Medical and sanitary report of the native army of Bengal for the year
Year: 1876
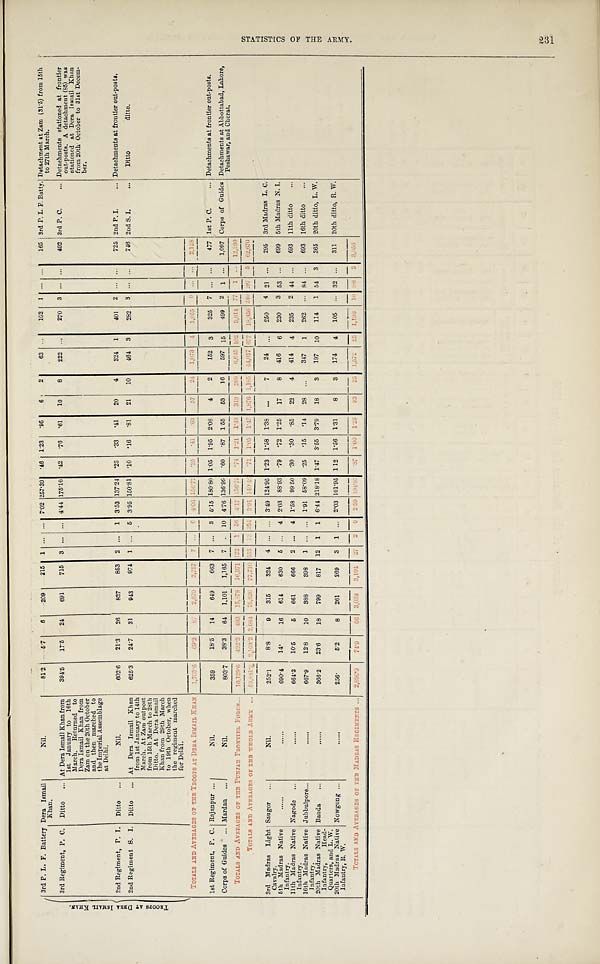
T R O O P S A T D E R A I S M A I L K H A N .
3rd P. L. F. Battery Dera Ismail
Khan.
Nil.
81.2
5. 7
6 209 215 1 ... ... 7.02 257.39 .46 1.23 .95 6 2
63 ... 102 1 ... . . . 165 3rd P. L. F. Batty. Detachment at Zam (31.5) from 15th
to 27th March.
3rd Regiment, P. C. Ditto ... At Dera Ismail Khan from
1st January to 16th
March. Returned to
Dera Ismail Khan from
Zam on the 20th October
and then marched to
the Imperial Assemblage
at Delhi.
394.5 17.5 24 691 715 3 ... ... 4.44 175.16 .42 .76 .61 10 8 222
. . .
270 3 ...
. . .
492 3rd P. C.
... Detachments stationed at frontier
out-posts. A detachment (85) was
stationed at Dera Ismail Khan
from 20th October to 31st Decem-
ber.
2nd Regiment, P. I. Ditto ...
Nil.
602.6 21.3 26 827 853 2 ... 1 3.53 137.24 .23 .33 .41 20 4 324 1 401 2 . . . . . . 725 2nd P. I.
... Detachments at frontier out-posts.
2nd Regiment S. I. Ditto... At Dera Ismail Khan
from 1st January to 14th
March. At Zam outpost
from 15th March to 28th
Ditto. At Dera Ismail
Khan from 29th March
to 19th October, when
the regiment marched
for Delhi.
625.3 24.7 31 943 974 1 ... 5 3.95 150.81 .10 .16 .81 21 10 464 3 282 3 ...
. . .
746 2nd S. I.
... Ditto
ditto.
TOTALS AND AVERAGES OP THE TROOPS AT DERA ISMAIL KHAN 1,703.6
6 9 . 2
8 7 2, 670
2 , 7 5 7 7 . . . 6
4 . 0 6
1 5 6 . 7 2 . 2 5
. 4 1
. 6 3 5 7
2 4
1 , 0 7 3 4
1 , 0 5 5 9 . . . . . .
2 , 1 2 8
1st Regiment, P.C. Rajanpur...
Nil.
359
18.5 14 649 663 7 ... 3 5.15 180.80 1.05 1.95 2.08 4 2 152 3 325 7 . . . ... 477 1st P. C.
... Detachments at frontier out-posts.
Corps of Guides ... Mardan . . .
Nil.
803.7 38.3 64 1,101 1,165 7 . . . 10 4.76 136.99 .60 .87 1.55 53 16 597 1 5 499 2 1 ... 1,097 Corps of Guides Detachments at Abbottabad, Lahore,
Peshawar, and Cherat.
TOTALS AND AVERAGES OF THE PUNJAB FRONTIER FORCE...
1 0 , 1 2 9 . 6
4 2 2 . 3
4 9 3
1 5 , 8 7 8 16,371 1 2 2 1 5 6 4 . 1 7
1 5 6 . 7 5 . 7 4 1 . 2 1
1 . 4 8
3 1 9
2 0 9
6 , 6 4 5 1025,614 7 7 1 . . . 12,260
TOTALS AND AVERAGES OF THE WHOLE ARMY ...
5 3 , 8 4 1 . 2
2 , 1 0 3 . 2
2 , 0 8 4
7 5 , 6 2 6 77,710 555 1 3 3 5 4
3 . 9 1 1 4 0 . 4 6 .71 1.05 1.47
1 , 8 7 6
1 , 1 8 5
4 4 , 0 1 7 677
1 8 , 3 5 6 240 2 9 7 5 62,670
3rd Madras Light
Cavalry.
Sangor ...
Nil.
252.1
8. 8
9 315 324 4 ... ... 3.49 124.95 1.23 1.58 1.38 ...
7 24 ... 250 4 21 ... 295 3rd Madras L. C.
5th Madras Native
Infantry.
......
......
690.4 14.
16 614 630 5 ... 4 2.03 88.93 .79 .72 1.25 17 8 416 6 230 3 53 ... 699 5th Madras N. I.
11th Madras Native
Infantry.
Nagode ...
......
664.3
10. 5
5 661 666 2 ... 4 1.58 99.50 .30 .30 .85 22 4 414 4 235 2 44 ... 693 11th ditto ...
16th Madras Native
Infantry.
Jubbulpore...
......
667. 9
12. 8
10 388 398 1 ... ... 1.91 58.09 .25 .15 .14 28 ... 347 1 262 . . . 84 ... 693 16th ditto ...
20th Madras Native
Infantry, Head-
Quarters, and L. W.
Banda ..
.....
366.2 23. 6
18 799 817 12 1 1 6.44 218.18 1.47 3.55 3.79 18 3 197 10 114 1 54 3 365 20th ditto, L. W.
20th Madras Native
Infantry, R.W.
Nowgong ...
......
2 5 6 .
5. 2
8 261 269 3 1 ... 2.03 101.95 1.12 1.56 1.31 8 3 174 4 105 ... 32 ... 311 20th ditto, R. W.
TOTALS AND AVERAGES OF THE MADRAS REGIMENTS ... 2,896.9
74. 9
66 3,038 3,104 2 7 2 9 2 . 5 9
1 0 4 . 8 7 . 8 7
1 . 0 0 1.23 93
2 5 1 , 5 7 2
2 5 1,196 1 0 2 8 8 . 3,056
cn
S T A T I S T I C S O F T H E A R M Y .
231